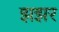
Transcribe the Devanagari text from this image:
झझर